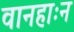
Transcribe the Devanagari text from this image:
वानहाःन